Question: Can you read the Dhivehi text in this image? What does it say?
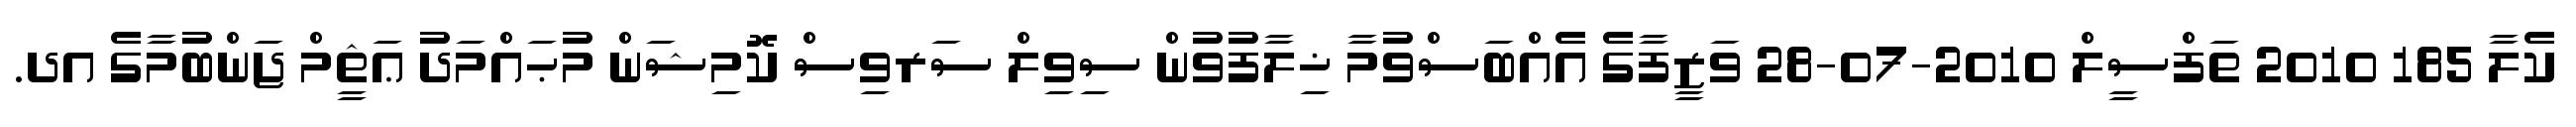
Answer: ކެލާ 185 2010 ތަފްސީލް 2010-07-28 ވަޒީފާގެ އެއްބަސްވުމާ ޚިލާފުވުން ސިވިލް ސަރވިސް ކޮމިޝަން މުޙައްމަދު ޢަޘީމް ޖަންބުމާގެ އދ.